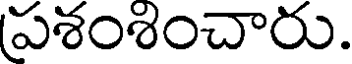
పశంశించారు.